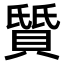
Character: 𫎛